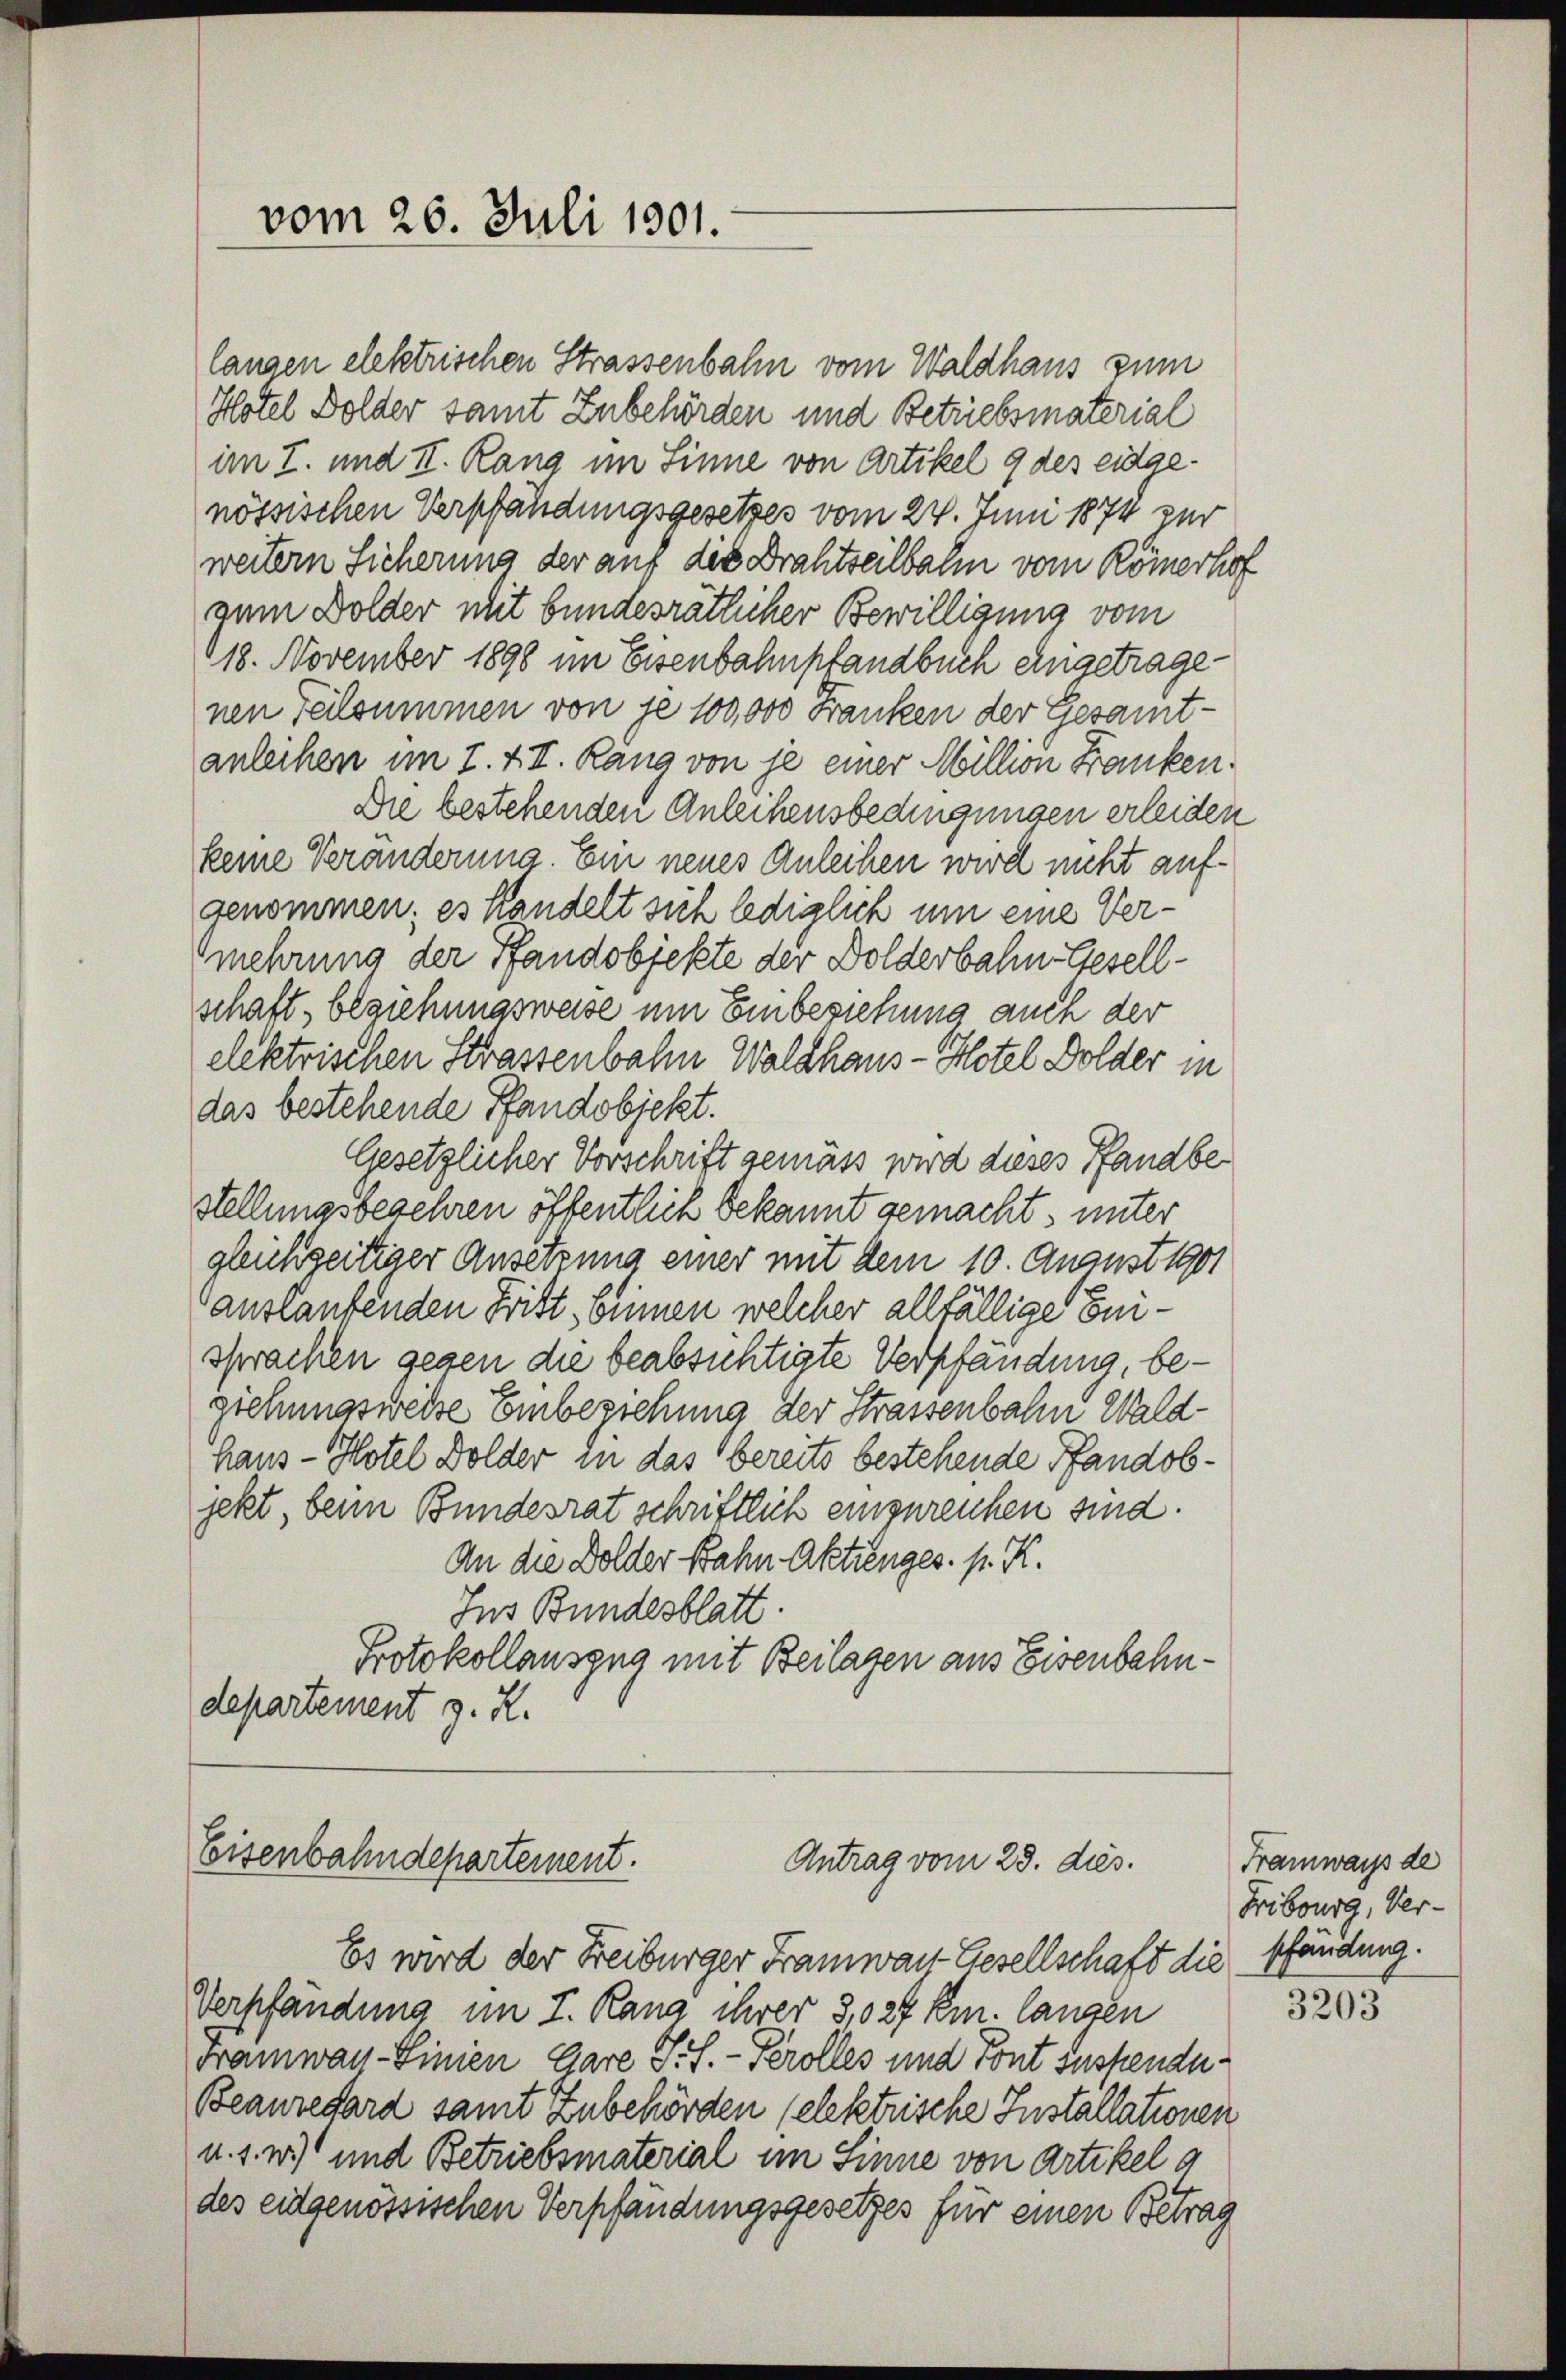
vom 26. Juli 1801.

langen elektrischen Strassenbahn vom Waldhaus zum
Hotel Dolder samt Zubehörden und Betriebsmaterial
im I. und II. Rang im Sinne von Artikel 9 des eidgenössischen Verpfändungsgesetzes vom 24. Juni 1874 zur
weitern Sicherung der auf die Drahtseilbahn vom Römerhof
zum Dolder mit bundesrätlicher Bewilligung vom
18. November 1890 im Eisenbahnpfandbuch eingetragenen Teilsummen von je 100,000 Franken der Gesamt-
anleihen im I. & II. Rang von je einer Million Franken.
Die bestehenden Anleihensbedingungen erleiden
keine Veränderung. Ein neues Anleihen wird nicht aufgenommen; es handelt sich lediglich um eine Vermehrung der Pfandobjekte der Dolderbahn-Gesellschaft, beziehungsweise um Einbeziehung auch der
elektrischen Strassenbahn Waldhaus- Hotel Dolder in
das bestehende Pfandobjekt.
Gesetzlicher Vorschrift gemäss wird dieses Pfandbestellungsbegehren öffentlich bekannt gemacht, unter
gleichzeitiger Ansetzung einer mit dem 10. August 1901
auslaufenden Frist, onnen welcher allfällige Einsprachen gegen die beabsichtigte Verpfandung, begiehungsweise Einbeziehung der Strassenbahn Waldhaus- Hotel Dolder die das bereits bestehende Pfandobjekt, beim Bundesrat schriftlich einzureichen sind.
An die Dolder Bahn Aktienges. pr. K.
Ins Bundesblatt
Protokollauszug mit Beilagen aus Eisenbahndepartement z. R.

Eisenbahndepartement.
Antrag vom 28. ds.

Es wird der Freiburger Tramwar-Gesellschaft die Pfandung.
Verpfandung im I. Rang ihrer 3,027 km. langen
Tramwan-Linien Gare S. f. - Perolles und Pont Suspendu
Beauregard samt Zubehörden (elektrische Installationen
u. s. w.) und Betriebsmaterial im Sinne von Artikel a
des eidgenössischen Verpfändungsgesetzes für einen Betrag

Framways de
Fribourg, Ver¬

3203